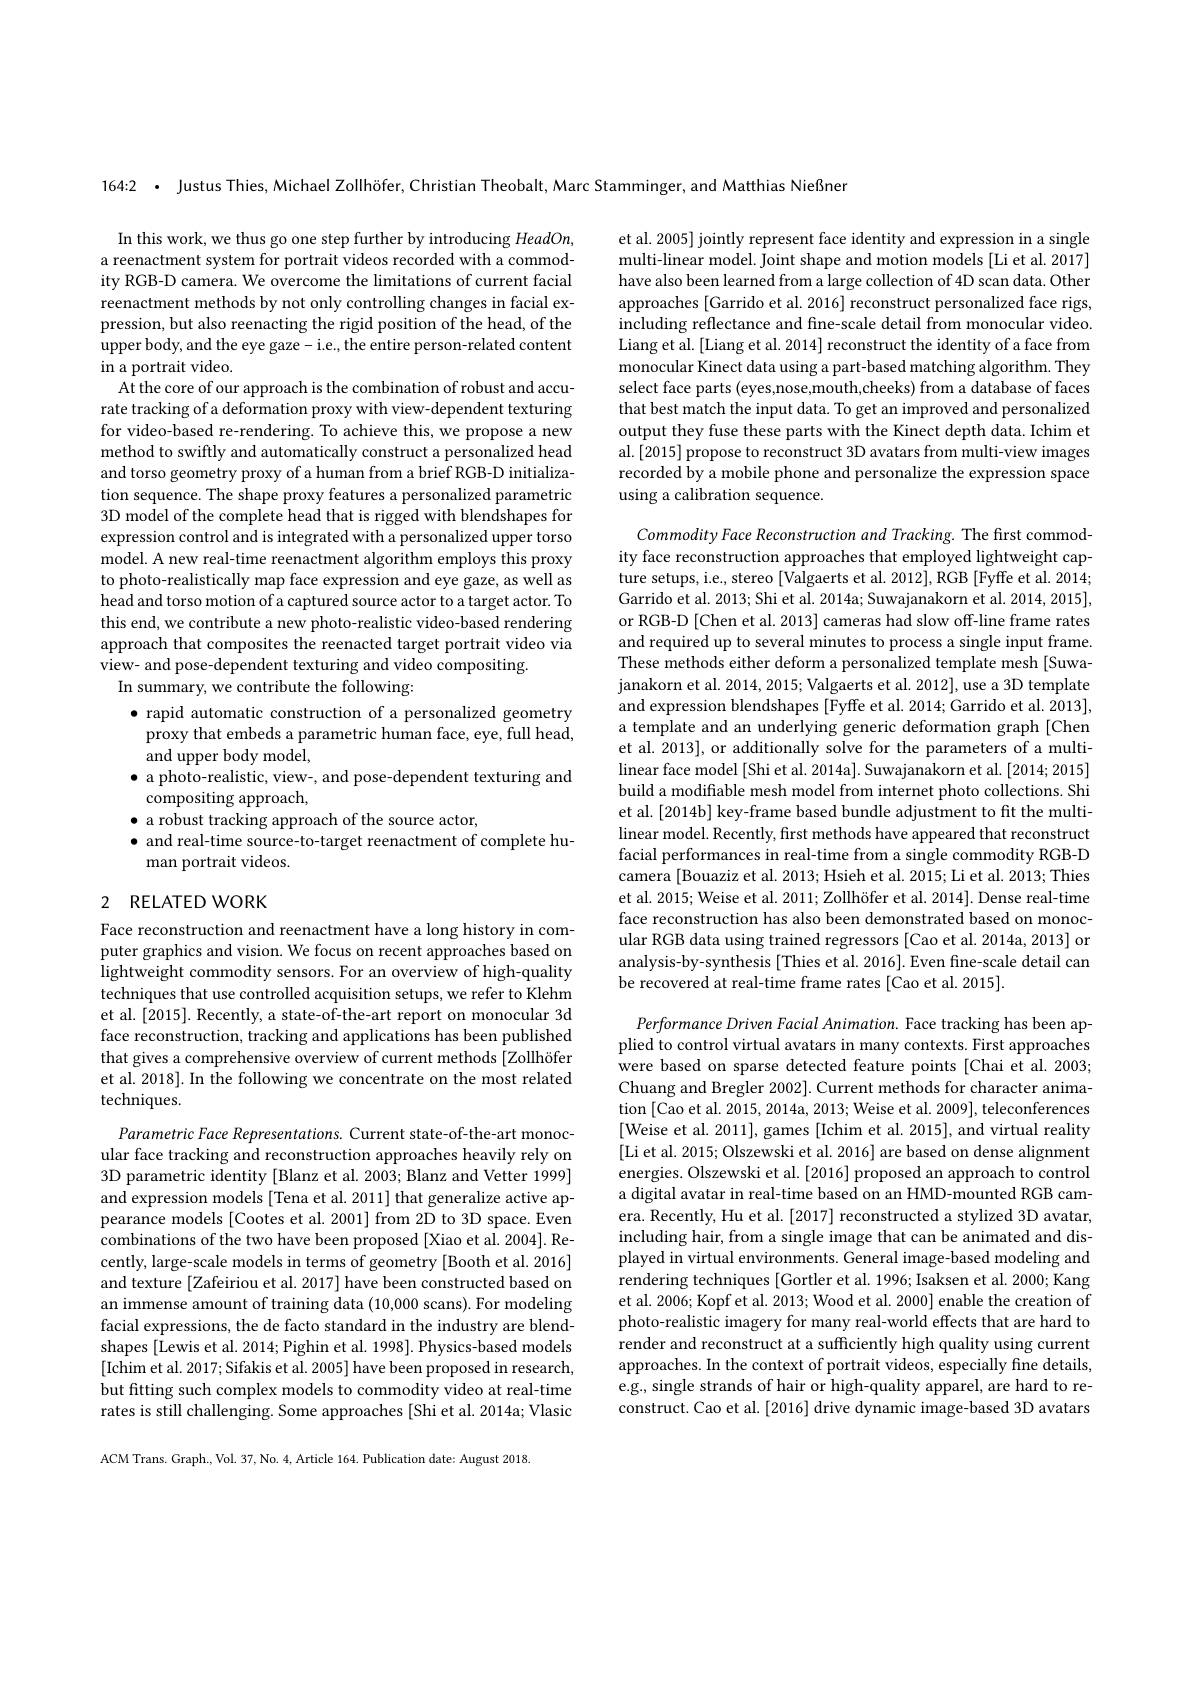
164:2 $\bullet$ Justus Thies, Michael Zollhöfer, Christian Theobalt, Marc Stamminger, and Matthias Nießner

et al. 2005] jointly represent face identity and expression in a single multi-linear model. Joint shape and motion models [Li et al. 2017] have also been learned from a large collection of 4D scan data. Other approaches [Garrido et al. 2016] reconstruct personalized face rigs, including reflectance and fine-scale detail from monocular video. Liang et al.[Liang et al. 2014] reconstruct the identity of a face from monocular Kinect data using a part-based matching algorithm. They select face parts (eyes,nose,mouth,cheeks) from a database of faces that best match the input data. To get an improved and personalized output they fuse these parts with the Kinect depth data. Ichim et al.[2015] propose to reconstruct 3D avatars from multi-view images recorded by a mobile phone and personalize the expression space using a calibration sequence.

In this work, we thus go one step further by introducing HeadOn, a reenactment system for portrait videos recorded with a commodity RGB-D camera. We overcome the limitations of current facial reenactment methods by not only controlling changes in facial expression, but also reenacting the rigid position of the head, of the upper body, and the eye gaze- i.e., the entire person-related content in a portrait video.
At the core of our approach is the combination of robust and accurate tracking of a deformation proxy with view-dependent texturing for video-based re-rendering. To achieve this, we propose a new method to swiftly and automatically construct a personalized head and torso geometry proxy of a human from a brief RGB-D initialization sequence. The shape proxy features a personalized parametric $3\dot{\mathrm{D~model~of~the~complete~head~that~is~rigged~with~blendshapes~for}}$ expression control and is integrated with a personalized upper torso model. A new real-time reenactment algorithm employs this proxy to photo-realistically map face expression and eye gaze, as well as head and torso motion of a captured source actor to a target actor. To this end, we contribute a new photo-realistic video-based rendering approach that composites the reenacted target portrait video via view- and pose-dependent texturing and video compositing.
In summary, we contribute the following:
$\bullet$ rapid automatic construction of a personalized geometry proxy that embeds a parametric human face, eye, full head, ${\mathrm{and~upper~body~model}}$,
$\bullet$ a photo-realistic, view-, and pose-dependent texturing and
$\dot{\mathrm{compositing~approach}}$,
$\bullet$ a robust tracking approach of the source actor,
$\bullet$ and real-time source-to-target reenactment of complete hu-
man portrait videos.

Commodity Face Reconstruction and Tracking. The first commodity face reconstruction approaches that employed lightweight capture setups, i.e., stereo [Valgaerts et al. 2012], RGB [Fyffe et al. 2014; Garrido et al. 2013; Shi et al. 2014a; Suwajanakorn et al. 2014, 2015], or RGB-D [Chen et al. 2013] cameras had slow off-line frame rates and required up to several minutes to process a single input frame. These methods either deform a personalized template mesh [Suwajanakorn et al. 2014, 2015; Valgaerts et al. 2012], use a 3D template and expression blendshapes [Fyffe et al. 2014; Garrido et al. 2013], a template and an underlying generic deformation graph [Chen et al. 2013], or additionally solve for the parameters of a multilinear face model [Shi et al. 2014a]. Suwajanakorn et al. [2014; 2015] build a modifiable mesh model from internet photo collections. Shi et al.[2014b] key-frame based bundle adjustment to fit the multilinear model. Recently, first methods have appeared that reconstruct facial performances in real-time from a single commodity RGB-D camera [Bouaziz et al. 2013; Hsieh et al. 2015; Li et al. 2013; Thies et al. 2015; Weise et al. 2011; Zollhöfer et al. 2014]. Dense real-time face reconstruction has also been demonstrated based on monocular RGB data using trained regressors [Cao et al. 2014a, 2013] or analysis-by-synthesis [Thies et al. 2016]. Even fine-scale detail can be recovered at real-time frame rates [Cao et al. 2015].

## 2 RELATED WORK

Face reconstruction and reenactment have a long history in computer graphics and vision. We focus on recent approaches based on lightweight commodity sensors. For an overview of high-quality techniques that use controlled acquisition setups, we refer to Klehm et al.[2015]. Recently, a state-of-the-art report on monocular 3d face reconstruction, tracking and applications has been published that gives a comprehensive overview of current methods [Zollhöfer et al. 2018]. In the following we concentrate on the most related techniques.

Performance Driven Facial Animation. Face tracking has been applied to control virtual avatars in many contexts. First approaches were based on sparse detected feature points [Chai et al.2003; Chuang and Bregler 2002]. Current methods for character animation [Cao et al. 2015, 2014a, 2013; Weise et al. 2009], teleconferences [Weise et al. 2011], games [Ichim et al. 2015], and virtual reality [Li et al. 2015; Olszewski et al. 2016] are based on dense alignment energies. Olszewski et al. [2016] proposed an approach to control a digital avatar in real-time based on an HMD-mounted RGB camera. Recently, Hu et al. [2017] reconstructed a stylized 3D avatar, including hair, from a single image that can be animated and displayed in virtual environments. General image-based modeling and rendering techniques [Gortler et al. 1996; Isaksen et al. 2000; Kang et al. 2006; Kopf et al. 2013; Wood et al. 2000] enable the creation of photo-realistic imagery for many real-world effects that are hard to render and reconstruct at a sufficiently high quality using current approaches. In the context of portrait videos, especially fine details, e.g., single strands of hair or high-quality apparel, are hard to reconstruct. Cao et al. [2016] drive dynamic image-based 3D avatars

Parametric Face Representations. Current state-of-the-art monocular face tracking and reconstruction approaches heavily rely on 3D parametric identity [Blanz et al. 2003; Blanz and Vetter 1999] and expression models [Tena et al. 2011] that generalize active appearance models [Cootes et al. 2001] from 2D to 3D space. Even combinations of the two have been proposed [Xiao et al. 2004]. Recently, large-scale models in terms of geometry [Booth et al.2016] and texture [Zafeiriou et al. 2017] have been constructed based on an immense amount of training data (10,000 scans). For modeling facial expressions, the de facto standard in the industry are blendshapes [Lewis et al. 2014; Pighin et al. 1998]. Physics-based models [Ichim et al. 2017; Sifakis et al. 2005] have been proposed in research, but fitting such complex models to commodity video at real-time rates is still challenging. Some approaches [Shi et al. 2014a; Vlasic

ACM Trans. Graph., Vol. 37, No. 4, Article 164. Publication date: August 2018.